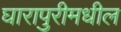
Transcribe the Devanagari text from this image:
घारापुरीमधील